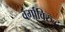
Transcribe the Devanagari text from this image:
वर्गाविरुद्ध